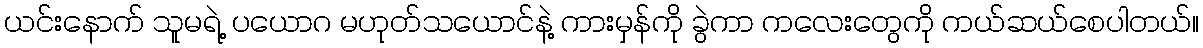
ယင်းနောက် သူမရဲ့ ပယောဂ မဟုတ်သယောင်နဲ့ ကားမှန်ကို ခွဲကာ ကလေးတွေကို ကယ်ဆယ်စေပါတယ်။